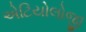
એટિયોલોજી